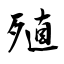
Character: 殖